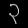
Digit: ၃